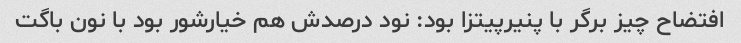
افتضاح چیز برگر با پنیرپیتزا بود: نود درصدش هم خیارشور بود با نون باگت